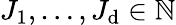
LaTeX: J_{1},\dots,J_{\mathrm{d}}\in\mathbb{{N}}